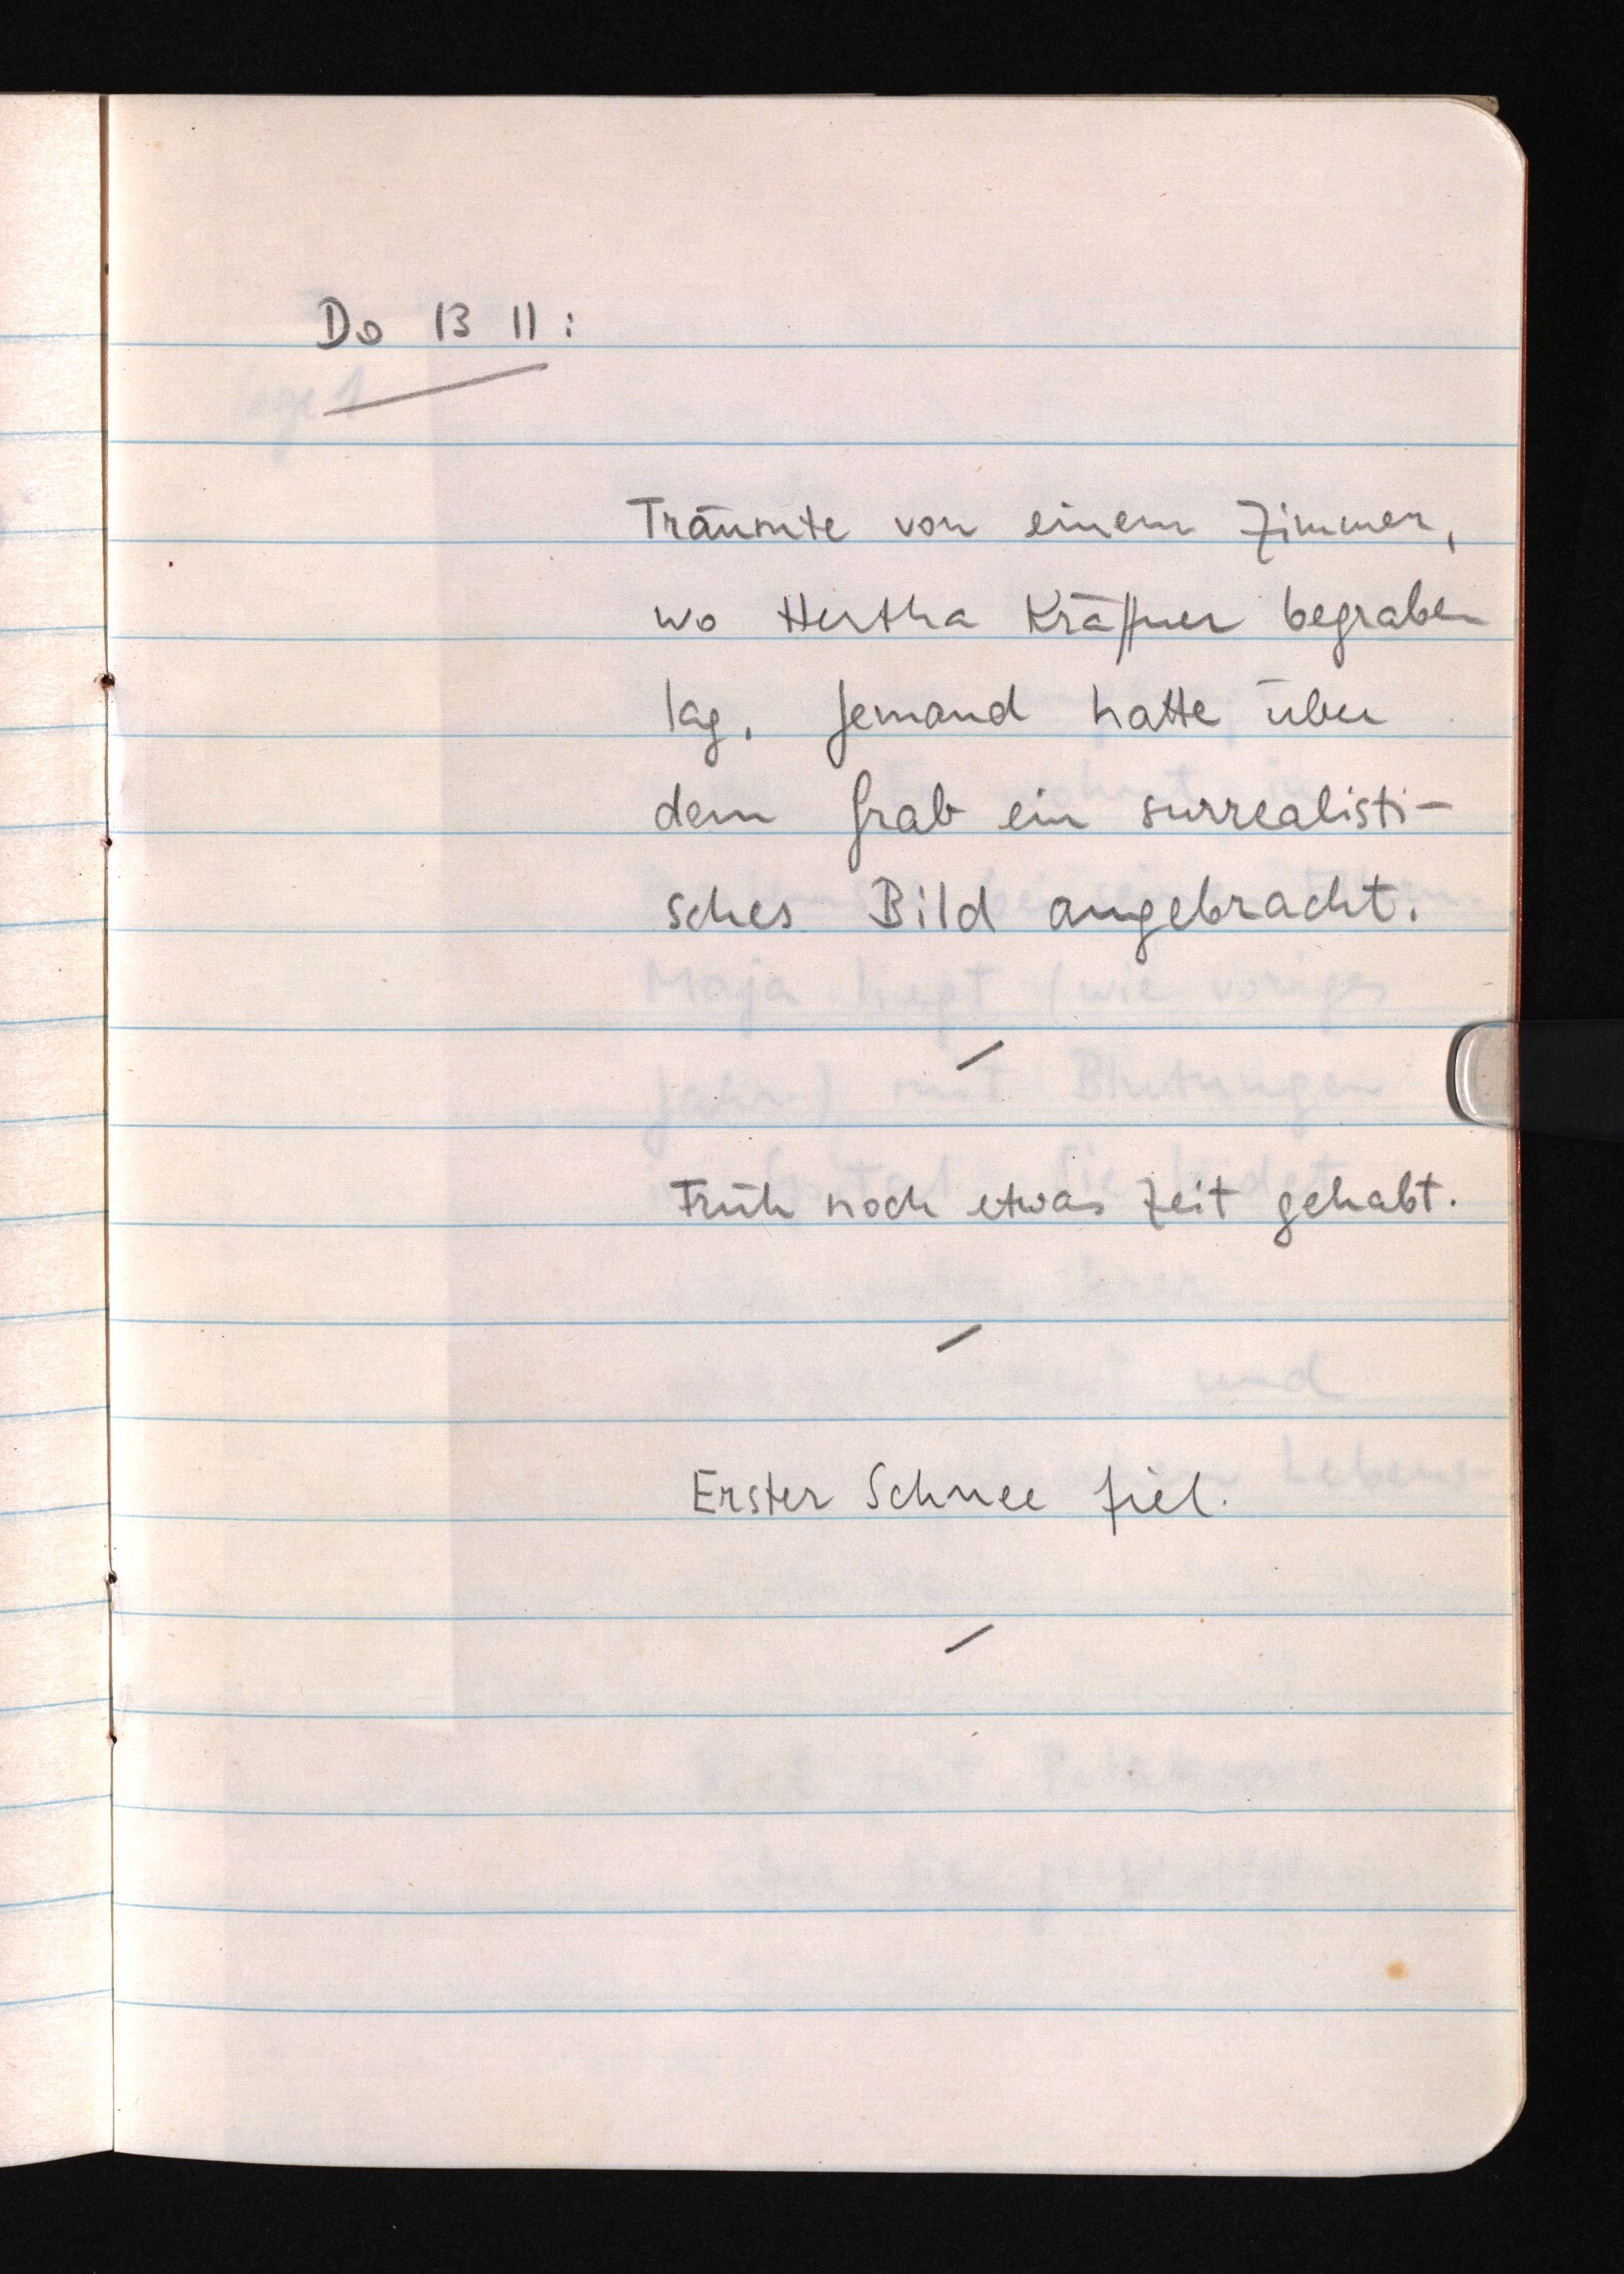
Do 13 11:
Träumte von einem Zimmer,
wo Hertha Kräftner begraben
lag. Jemand hatte über
dem Grab ein surrealisti¬
sches Bild angebracht.
Früh noch etwas Zeit gehabt.
Erster Schnee fiel.